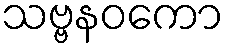
သဗ္ဗနဝကော